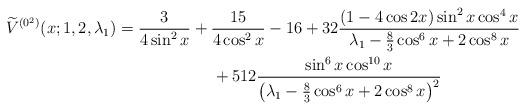
LaTeX: \begin{gather*} \widetilde{V}^{(0^{2})}(x;1,2,\lambda _{1}) = \frac{3}{4\sin^2 x} + \frac{15}{4\cos^2 x} - 16 + 32 \frac{(1-4\cos 2x) \sin^2 x \cos^4 x} {\lambda_1 - \frac{8}{3}\cos^6 x + 2\cos^8 x} \\\hphantom{\widetilde{V}^{(0^{2})}(x;1,2,\lambda _{1}) =} {}+ 512 \frac{\sin^6 x \cos^{10}x}{\big(\lambda_1 - \frac{8}{3}\cos^6 x + 2\cos^8 x\big)^2}\end{gather*}